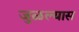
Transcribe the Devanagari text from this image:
जुळल्यास